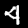
Digit: 4